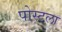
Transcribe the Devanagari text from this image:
पोस्टला